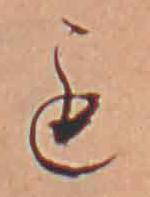
も